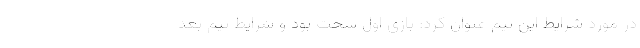
در مورد شرایط این تیم عنوان کرد: بازی اول سخت بود و شرایط تیم بعد